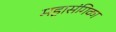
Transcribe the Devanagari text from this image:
महासंगिका